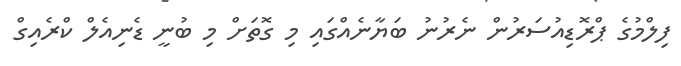
ފިލްމުގެ ޕްރޮޑިއުސަރުން ނެރުނު ބަޔާނެއްގައި މި ގޮތަށް މި ބުނީ ޑެނިއެލް ކްރެއިގް